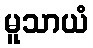
မူသာယံ